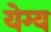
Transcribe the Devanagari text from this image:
येग्य